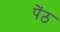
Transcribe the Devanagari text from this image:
पेंठ